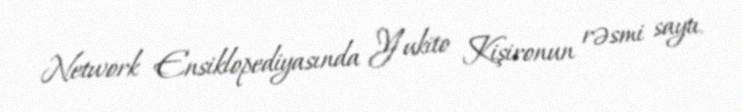
Network Ensiklopediyasında Yukito Kişironun rəsmi saytı.